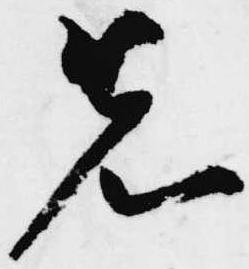
先